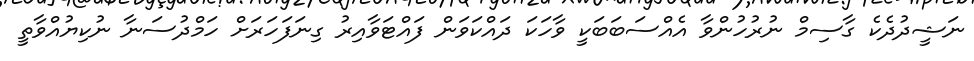
ނަޝީދުދެކެ ގާސިމް ނުރުހުންވާ އެއްސަބަބަކީ ވާހަކަ ދައްކަވަން ފައްޓަވާއިރު ގިނަފަހަރަށް ހަމްދުސަނާ ނުކިޔުއްވާތީ